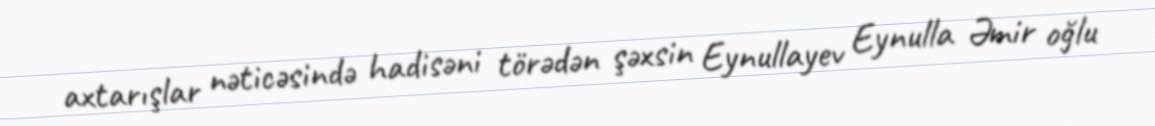
axtarışlar nəticəsində hadisəni törədən şəxsin Eynullayev Eynulla Əmir oğlu